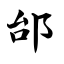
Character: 邰